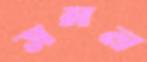
সমল